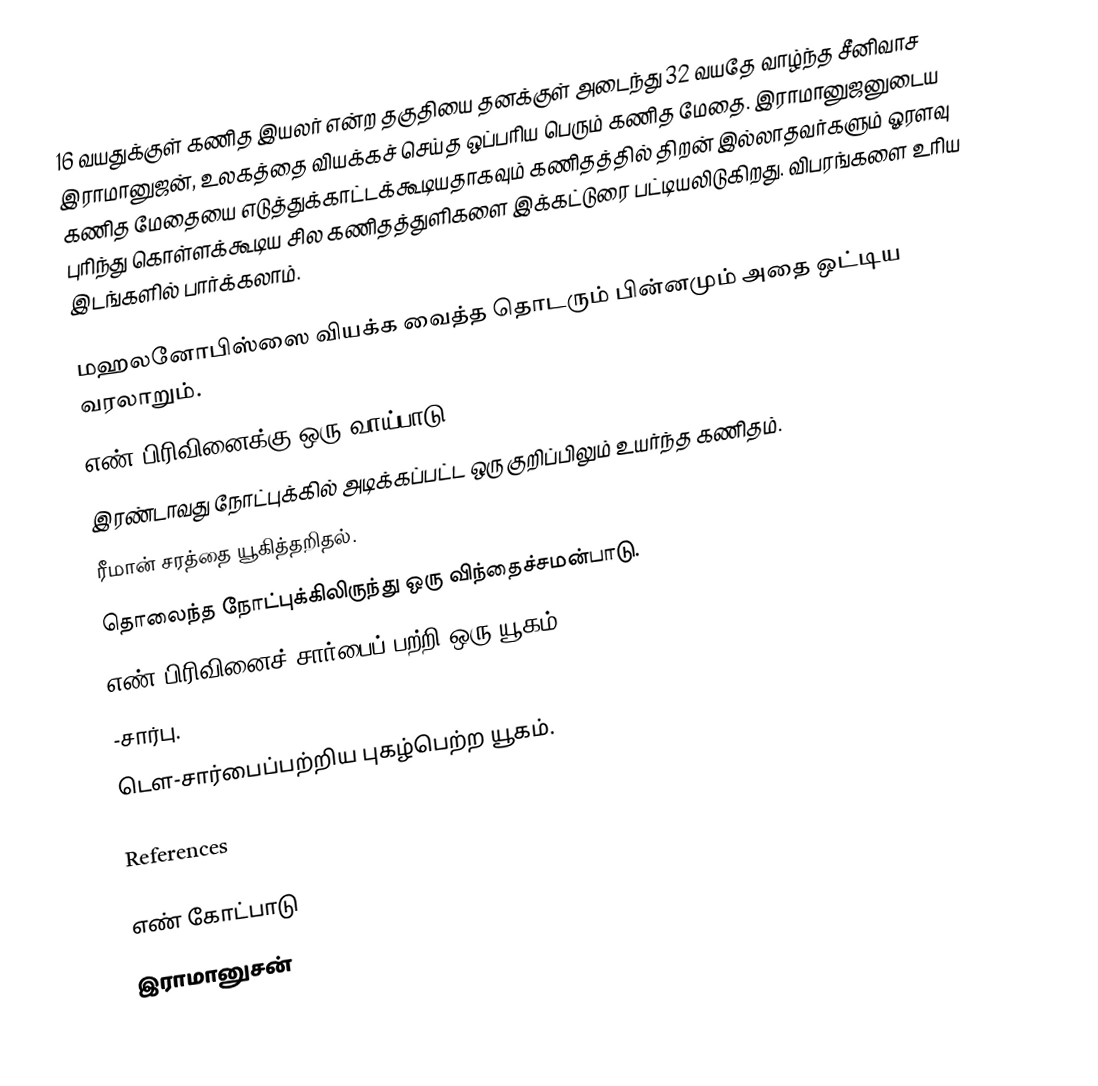
16 வயதுக்குள் கணித இயலர் என்ற தகுதியை தனக்குள் அடைந்து 32 வயதே வாழ்ந்த  சீனிவாச இராமானுஜன், உலகத்தை வியக்கச் செய்த ஒப்பரிய பெரும் கணித மேதை. இராமானுஜனுடைய கணித மேதையை எடுத்துக்காட்டக்கூடியதாகவும் கணிதத்தில் திறன் இல்லாதவர்களும் ஓரளவு புரிந்து கொள்ளக்கூடிய சில கணிதத்துளிகளை இக்கட்டுரை பட்டியலிடுகிறது. விபரங்களை  உரிய இடங்களில் பார்க்கலாம்.

 மஹலனோபிஸ்ஸை வியக்க வைத்த தொடரும் பின்னமும் அதை ஒட்டிய வரலாறும்.
 எண் பிரிவினைக்கு ஒரு வாய்பாடு.
 இரண்டாவது நோட்புக்கில் அடிக்கப்பட்ட ஒரு குறிப்பிலும்  உயர்ந்த கணிதம்.
 ரீமான் சரத்தை யூகித்தறிதல்.
 தொலைந்த நோட்புக்கிலிருந்து ஒரு விந்தைச்சமன்பாடு.
 எண் பிரிவினைச் சார்பைப் பற்றி ஒரு யூகம்.
 -சார்பு.
 டௌ-சார்பைப்பற்றிய புகழ்பெற்ற யூகம்.

References

எண் கோட்பாடு
இராமானுசன்